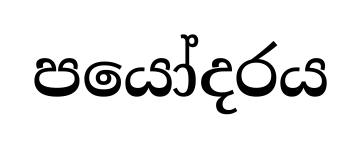
පයෝදරය